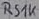
Text: RS1K